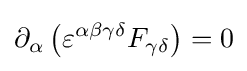
\partial _{\alpha }\left(\varepsilon ^{\alpha \beta \gamma \delta }F_{\gamma \delta }\right)=0